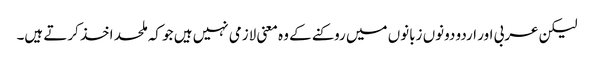
لیکن عربی اور اردو دونوں زبانوں میں روکنے کے وہ معنی لازمی نہیں ہیں جو کہ ملحد اخذ کرتے ہیں۔